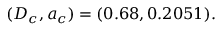
( D _ { c } , a _ { c } ) = ( 0 . 6 8 , 0 . 2 0 5 1 ) .